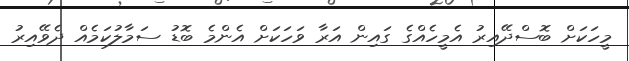
މީހަކަށް ބޮސްދޭއިރު އެމީހެއްގެ ގައިން އަރާ ވަހަކަށް އެންމެ ބޮޑު ސަމާލުކަމެއް ދެވޭއިރު